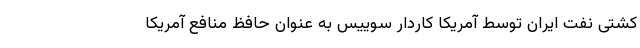
کشتی نفت ایران توسط آمریکا کاردار سوییس به عنوان حافظ منافع آمریکا